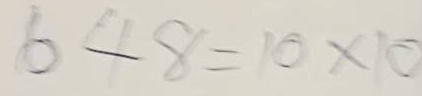
648 = 10x10